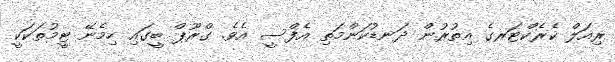
ރިއަލް ކެރެކްޓަރގެ އިތުރުން ދަނޑުކަންމަތި އެފްސީ އެވެ. ގްރޫޕް ބީގައި ހިމެނޭ ޓީމުތަކަކީ